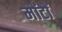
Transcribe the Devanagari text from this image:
मोंटों